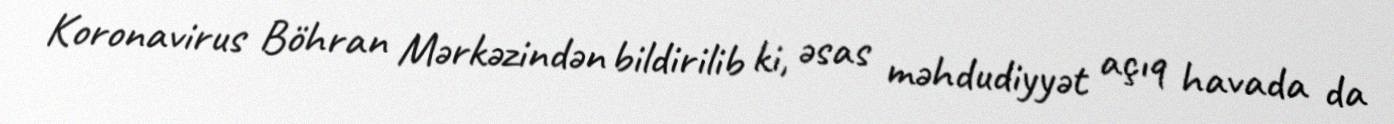
Koronavirus Böhran Mərkəzindən bildirilib ki, əsas məhdudiyyət açıq havada da